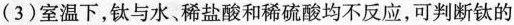
(3)室温下，钛与水、稀盐酸和稀硫酸均不反应，可判断钛的